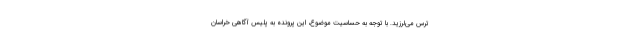
ترس می‌لرزید. با توجه به حساسیت موضوع، این پرونده به پلیس آگاهی خراسان